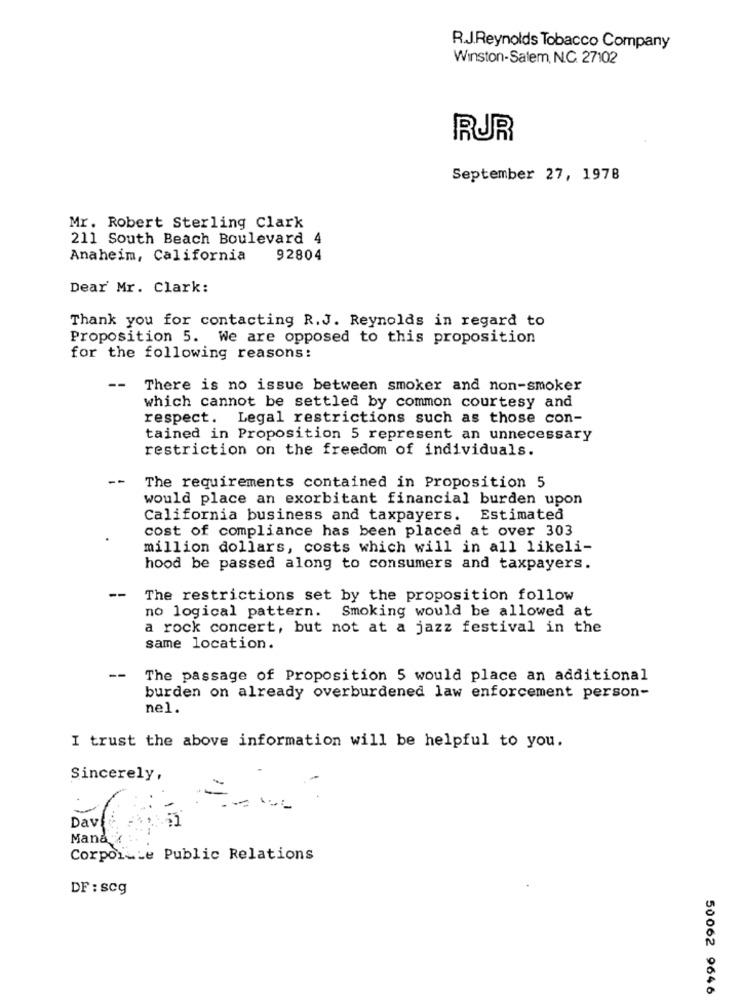
R.J.Reynolds Tobacco Company
Winston-Salem, N.C. 27102
RUR
September 27, 1978
Mr. Robert Sterling Clark
211 South Beach Boulevard 4
Anaheim, California
92804
Dear Mr. Clark:
Thank you for contacting R.J. Reynolds in regard to
Proposition 5. We are opposed to this proposition
for the following reasons:
There is no issue between smoker and non-smoker
which cannot be settled by common courtesy and
respect. Legal restrictions such as those con-
tained in Proposition 5 represent an unnecessary
restriction on the freedom of individuals.
--
The requirements contained in Proposition 5
would place an exorbitant financial burden upon
California business and taxpayers. Estimated
cost of compliance has been placed at over 303
million dollars, costs which will in all likeli-
hood be passed along to consumers and taxpayers.
--
The restrictions set by the proposition follow
no logical pattern.
Smoking would be allowed at
a rock concert, but not at a jazz festival in the
same location.
--
The passage of Proposition 5 would place an additional
burden on already overburdened law enforcement person-
nel.
I trust the above information will be helpful to you.
Sincerely,
Dav
12
Man&
CorpoisLe Public Relations
DF : scg
50062 9646